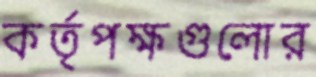
কর্তৃপক্ষগুলোর